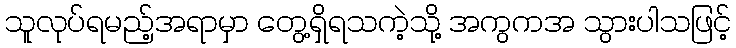
သူလုပ်ရမည့်အရာမှာ တွေ့ရှိရသကဲ့သို့ အကွကအ သွားပါသဖြင့်